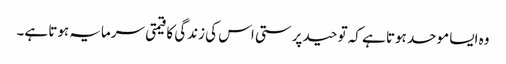
وہ ایسا موحد ہوتا ہے کہ توحید پرستی اس کی زندگی کا قیمتی سرمایہ ہوتا ہے۔